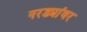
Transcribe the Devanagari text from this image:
नरड्यांवर